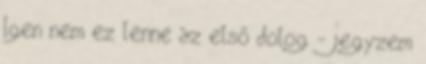
Igen nem ez lenne az első dolog - jegyzem